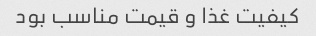
کیفیت غذا و قیمت مناسب بود